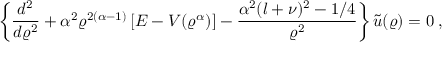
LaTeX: \left\{ \frac { d ^ { 2 } } { d \varrho ^ { 2 } } + \alpha ^ { 2 } \varrho ^ { 2 ( \alpha - 1 ) } \left[ E - V ( \varrho ^ { \alpha } ) \right] - \frac { \alpha ^ { 2 } ( l + \nu ) ^ { 2 } - 1 / 4 } { \varrho ^ { 2 } } \right\} \widetilde { u } ( \varrho ) = 0 \; ,